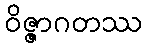
ဝိဇ္ဇာဂတဿ